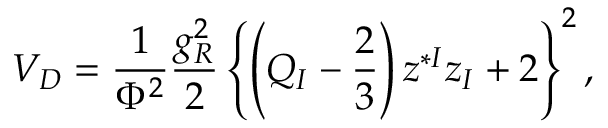
V _ { D } = { \frac { 1 } { \Phi ^ { 2 } } } { \frac { g _ { R } ^ { 2 } } { 2 } } \left\{ \left( Q _ { I } - { \frac { 2 } { 3 } } \right) z ^ { * I } z _ { I } + 2 \right\} ^ { 2 } ,